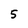
Character: 5